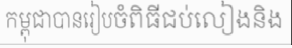
កម្ពុជាបានរៀបចំពិធីជប់លៀងនិង